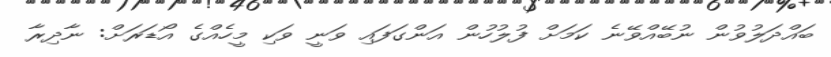
ބައްދަލުވުން ނުބޭއްވޭނެ ކަމަށް ފުލުހުން އަންގަފައި ވަނީ ވަކި މީހެއްގެ އޯޑަރަށް: ނާދިރާ